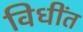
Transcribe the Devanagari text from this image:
विधींत